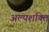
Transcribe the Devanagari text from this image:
अल्‍पशक्ति